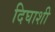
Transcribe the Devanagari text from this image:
दिघाशी